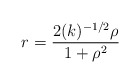
\begin{align*}r = \frac{2(k)^{-1/2}{\rho}}{1 + {\rho}^{2}}\end{align*}